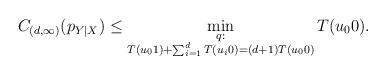
LaTeX: \begin{align*} C_{(d,\infty)}(p_{Y|X})\le \min_{\substack{q:\\T(u_01)+\sum_{i=1}^dT(u_i0)=(d+1)T(u_00)}}T(u_00).\end{align*}